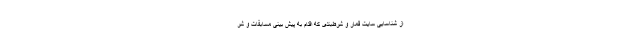
از شناسایی سایت قمار و شرط‌بندی که اقدام به پیش بینی مسابقات و شر